Indian journal of veterinary science and animal husbandry - Volume 2,
Year: 1932
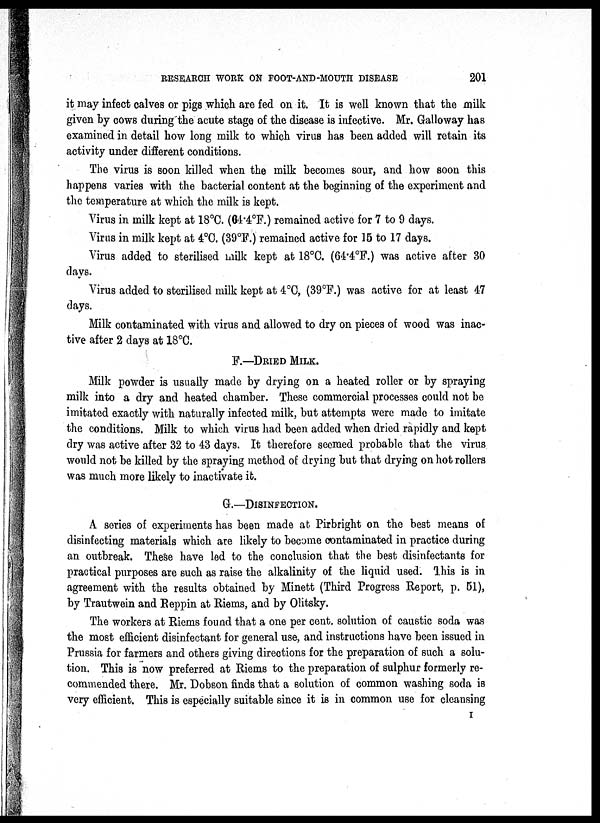
RESEARCH WORK ON FOOT-AND-MOUTH DISEASE
201
it may infect calves or pigs which are fed on it. It is well known that the milk
given by cows during the acute stage of the disease is infective. Mr. Galloway has
examined in detail how long milk to which virus has been added will retain its
activity under different conditions.
The virus is soon killed when the milk becomes sour, and how soon this
happens varies with the bacterial content at the beginning of the experiment and
the temperature at which the milk is kept.
Virus in milk kept at 18°C. (64.4°F.) remained active for 7 to 9 days.
Virus in milk kept at 4°C. (39°F.) remained active for 15 to 17 days.
Virus added to sterilised milk kept at 18°C. (64.4°F.) was active after 30
days.
Virus added to sterilised milk kept at 4°C, (39°F.) was active for at least 47
days.
Milk contaminated with virus and allowed to dry on pieces of wood was inac-
tive after 2 days at 18°C.
F.—DRIED MILK.
Milk powder is usually made by drying on a heated roller or by spraying
milk into a dry and heated chamber. These commercial processes could not be
imitated exactly with naturally infected milk, but attempts were made to imitate
the conditions. Milk to which virus had been added when dried rapidly and kept
dry was active after 32 to 43 days. It therefore seemed probable that the virus
would not be killed by the spraying method of drying but that drying on hot rollers
was much more likely to inactivate it.
G.—DISINFECTION.
A series of experiments has been made at. Pirbright on the best means of
disinfecting materials which are likely to become contaminated in practice during
an outbreak. These have led to the conclusion that the best disinfectants for
practical purposes are such as raise the alkalinity of the liquid used. This is in
agreement with the results obtained by Minett (Third Progress Report, p. 51),
by Trautwein and Reppin at Riems, and by Olitsky.
The workers at Riems found that a one per cent. solution of caustic soda was
the most efficient disinfectant for general use, and instructions have been issued in
Prussia for farmers and others giving directions for the preparation of such a solu-
tion. This is now preferred at Riems to the preparation of sulphur formerly re-
commended there. Mr. Dobson finds that a solution of common washing soda is
very efficient. This is especially suitable since it is in common use for cleansing
I